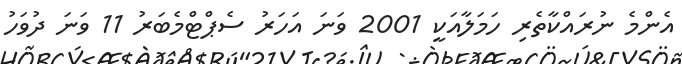
އެންމެ ނުރައްކާތެރި ހަމަލާއަކީ 2001 ވަނަ އަހަރު ސެޕްޓްމެބަރު 11 ވަނަ ދުވަހު